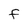
Character: F